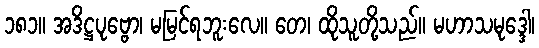
၁၈၁။ အဒိဋ္ဌပုဗ္ဗော၊ မမြင်ရဘူးလေ။ တေ၊ ထိုသူတို့သည်။ မဟာသမုဒ္ဒေါ၊